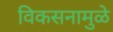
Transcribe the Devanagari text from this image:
विकसनामुळे